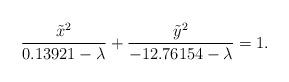
LaTeX: \begin{align*}\frac{\tilde{x}^2}{0.13921-\lambda}+\frac{\tilde{y}^2}{-12.76154-\lambda}=1.\end{align*}